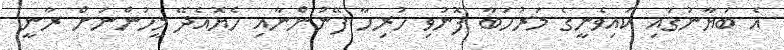
އެ ބަޔާނުގައި ކައިވެނީގެ މަރުހަބާ ފޮނުވި ހުރިހާ ފޭނުންނާއި ހެޔޮއެދޭ މީހުންނަށް ރާނީ